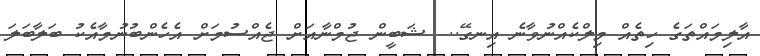
އާލިމައްތަގެ ހިތެއް މިލްކެއްނުވާނެ އިނގޭ..  ޝަބީން ޖުމްނާއަށް ޖެއްސުމަށް އެހެންބުނުމާއެކު ބަލާބަލަ